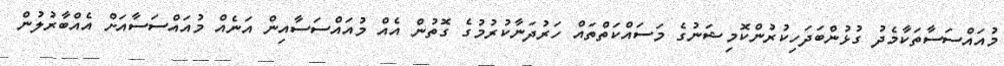
މުއައްސަސާތަކާމެދު ގުޅުންބަދަހިކުރުންކޮމިޝަނުގެ މަސައްކަތްތައް ހަރުދަނާކުރުމުގެ ގޮތުން އެއް މުއައްސަސާއިން އަނެއް މުއައްސަސާއަށް އެއްބާރުލުން